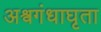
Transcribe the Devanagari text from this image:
अश्वगंधाघृता